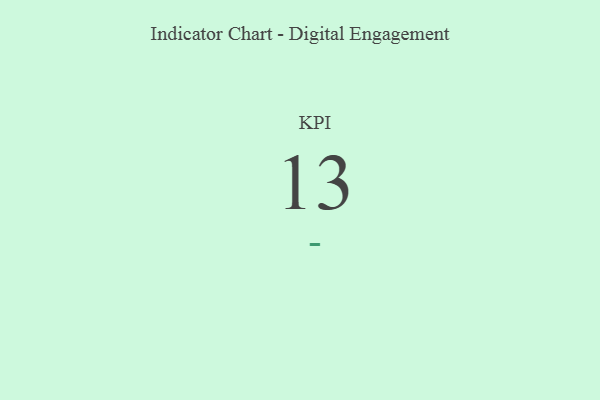
{"axis": {"x": "KPI", "y": "Value"}, "legend": [""], "data": [{"x": "KPI", "y": 13, "type": ""}]}